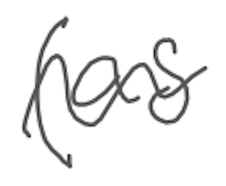
Text: (as
Cross-out: wave
Writing tool: digital_gray